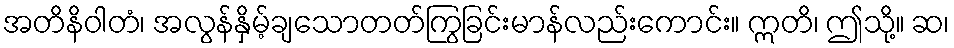
အတိနိဝါတံ၊ အလွန်နှိမ့်ချသောတတ်ကြွခြင်းမာန်လည်းကောင်း။ ဣတိ၊ ဤသို့။ ဆ၊